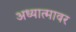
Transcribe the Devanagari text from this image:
अध्यात्मावर